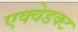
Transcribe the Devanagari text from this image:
एक्वेडक्ट